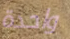
واحدة